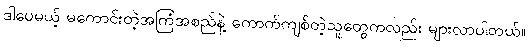
ဒါပေမယ့် မကောင်းတဲ့အကြံအစည်နဲ့ ကောက်ကျစ်တဲ့သူတွေကလည်း များလာပါတယ်။